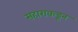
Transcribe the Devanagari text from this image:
सहाराकडून